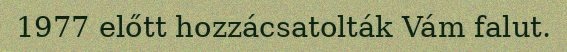
1977 előtt hozzácsatolták Vám falut.